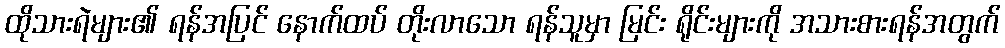
ထိုသားရဲများ၏ ရန်အပြင် နောက်ထပ် တိုးလာသော ရန်သူမှာ မြင်း ရိုင်းများကို အသားစားရန်အတွက်